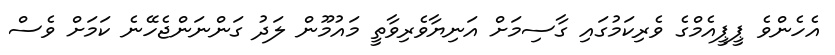
އެހެންވެ ޕީޕީއެމްގެ ވެރިކަމުގައި ގާސިމަށް އަނިޔާވެރިވާތީ މައުމޫން ލަދު ގަންނަންޖެހޭނެ ކަމަށް ވެސް